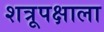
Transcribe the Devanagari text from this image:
शत्रूपक्षाला